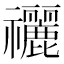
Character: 𥜰